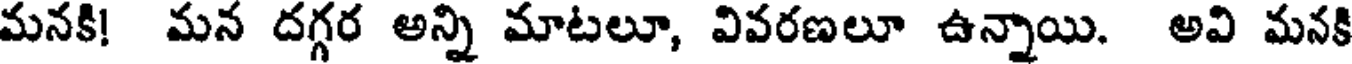
మనకి! మన దగ్గర అన్ని మాటలూ, వివరణలూ ఉన్నాయి. అవి మనకి